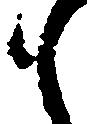
も